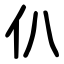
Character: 仈